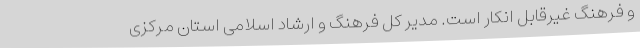
و فرهنگ غیرقابل انکار است. مدیر کل فرهنگ و ارشاد اسلامی استان مرکزی